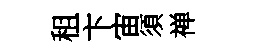
租卞宙須禅